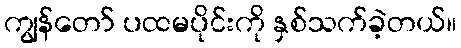
ကျွန်တော် ပထမပိုင်းကို နှစ်သက်ခဲ့တယ်။